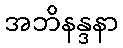
အဘိနန္ဒနာ